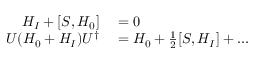
\begin{array} { r l } { H _ { I } + [ S , H _ { 0 } ] } & { { } = 0 } \\ { U ( H _ { 0 } + H _ { I } ) U ^ { \dagger } } & { { } = H _ { 0 } + \frac { 1 } { 2 } [ S , H _ { I } ] + . . . } \end{array}